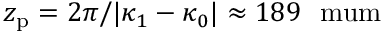
z _ { \mathrm { { p } } } = 2 \pi / | \kappa _ { 1 } - \kappa _ { 0 } | \approx 1 8 9 ~ \mathrm { \ m u m }